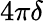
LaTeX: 4\pi\delta